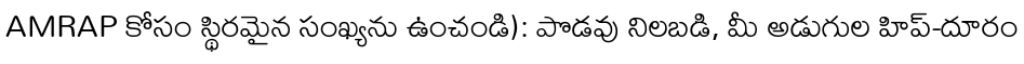
AMRAP కోసం స్థిరమైన సంఖ్యను ఉంచండి): పొడవు నిలబడి, మీ అడుగుల హిప్-దూరం